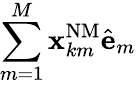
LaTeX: \sum_{m=1}^{M}\mathbf{x}_{km}^{\mathrm{{NM}}}\hat{\mathbf{e}}_{m}